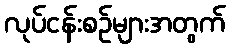
လုပ်ငန်းစဉ်များအတွက်